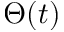
\Theta ( t )